Leaving Certificate Examination, 1919, 1919
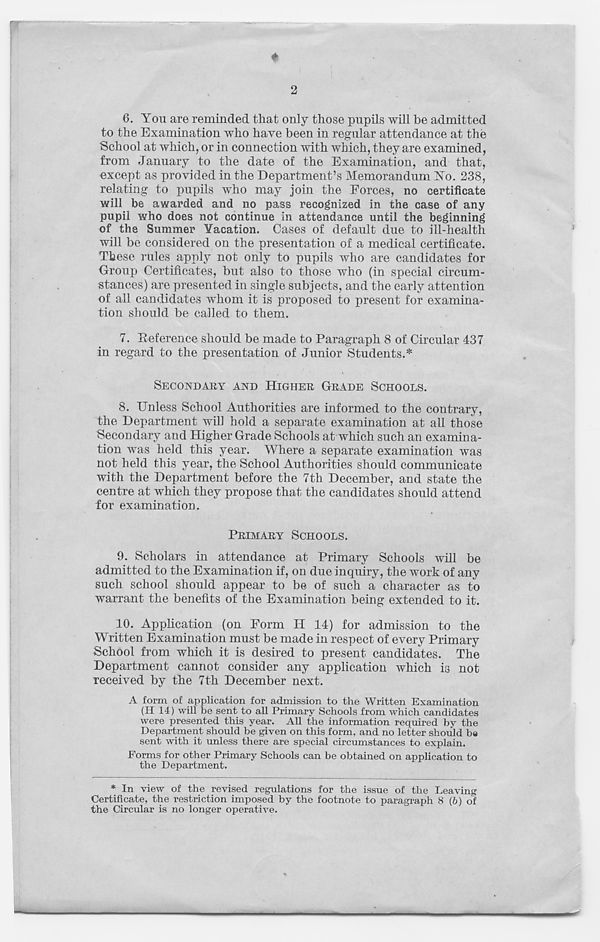
2
♦
6. You are reminded that only those pupils will be admitted
to the Examination who have been in regular attendance at the
School at which, or in connection with which, they are examined,
from January to the date of the Examination, and that,
except as provided in the Department’s Memorandum So. 238,
relating to pupils who may join the Forces, no certificate
will be awarded and no pass recognized in the case of any
pupil who does not continue in attendance until the beginning
of the Summer Vacation. Cases of default due to ill-health
will be considered on the presentation of a medical certificate.
These rules apply not only to pupils who are candidates for
Group Certificates, but also to those who (in special circum-
stances) are presented in single subjects, and the early attention
of all candidates whom it is proposed to present for examina-
tion should be called to them.
7. Reference should be made to Paragraph 8 of Circular 437
in regard to the presentation of Junior Students.*
SECONDARY AND HIGHER GRADE SCHOOLS.
8. Unless School Authorities are informed to the contrary,
the Department will hold a separate examination at all those
Secondary and Higher Grade Schools at which such an examina-
tion was held this year. Where a separate examination was
not held this year, the School Authorities should communicate
with the Department before the 7th December, and state the
centre at which they propose that the candidates should attend
for examination.
PRIMARY SCHOOLS.
9. Scholars in attendance at Primary Schools will be
admitted to the Examination if, on due inquiry, the work of any
such school should appear to be of such a character as to
warrant the benefits of the Examination being extended to it.
10. Application (on Form H 14) for admission to the
Written Examination must be made in respect of every Primary
School from which it is desired to present candidates. The
Department cannot consider any application which is not
received by the 7th December next.
A form of application for admission to the Written Examination
(H 14) will be sent to all Primary Schools from which candidates
were presented this year. All the information required by the
Department should be given on this form, and no letter should be
sent with it unless there are special circumstances to explain.
Forms for other Primary Schools can be obtained on application to
the Department.
* In view of the revised regulations for the issue of the Leaving
Certificate, the restriction imposed by the footnote to paragraph 8 (6) of
the Circular is no longer operative.